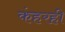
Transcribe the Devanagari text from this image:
कंहरही